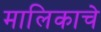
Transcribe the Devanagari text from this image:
मालिकाचे